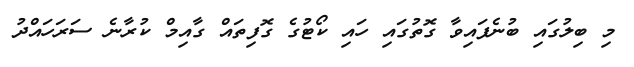
މި ބިލުގައި ބުނެފައިވާ ގޮތުގައި ހައި ކޯޓުގެ ގޮފިތައް ގާއިމް ކުރާނެ ސަރަހައްދު